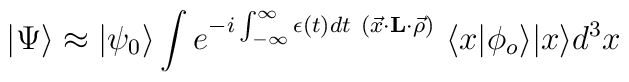
|\Psi\rangle\approx |\psi_0\rangle \int e^{-i\int_{-\infty}^{\infty} \epsilon(t) dt{}~(\vec x\cdot {\bf L}\cdot\vec \rho) } ~\langle x|\phi_o\rangle |x\rangle d^3x